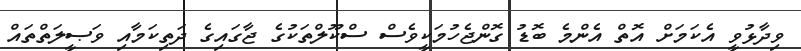
ވިދާޅުވީ އެކަމަށް އޮތް އެންމެ ބޮޑު ގޮންޖެހުމަކީވެސް ސްކޫލްތަކުގެ ޖާގައިގެ ދަތިކަމާއި ވަޞީލަތްތައް